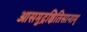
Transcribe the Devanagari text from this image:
आसमुद्रक्षितिसानाम्